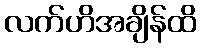
လက်ဟိအချိန်ထိ